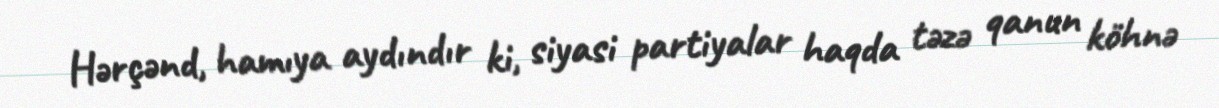
Hərçənd, hamıya aydındır ki, siyasi partiyalar haqda təzə qanun köhnə